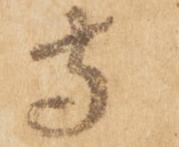
寺